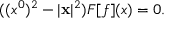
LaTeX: ( ( x ^ { 0 } ) ^ { 2 } - | { \bf x } | ^ { 2 } ) F [ f ] ( x ) = 0 .